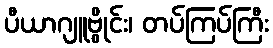
ပီယာဂျူဗွိုင်း၊ တပ်ကြပ်ကြီး